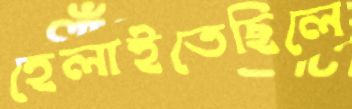
হেলাইতেছিলে